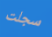
سجلت